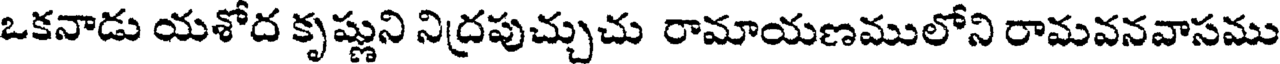
ఒకనాడు యశోద కృష్ణుని నిద్రపుచ్చుచు రామాయణములోని రామవనవాసము